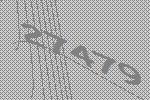
27479